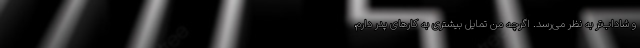
و شاداب‌تر به‌ نظر می‌رسد. اگرچه من تمایل بیشتری به کارهای پدر دارم،